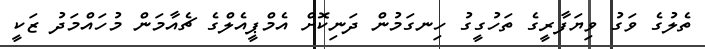
ތެލުގެ ވަގު ވިޔަފާރީގެ ތަހުގީގު ހިނގަމުން ދަނިކޮށް އެމްޕީއެލްގެ ޗެއާމަން މުހައްމަދު ޒަކީ